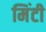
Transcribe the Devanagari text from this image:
मिंटी